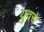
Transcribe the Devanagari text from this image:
युवरा